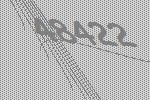
48422